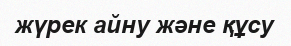
жүрек айну және құсу